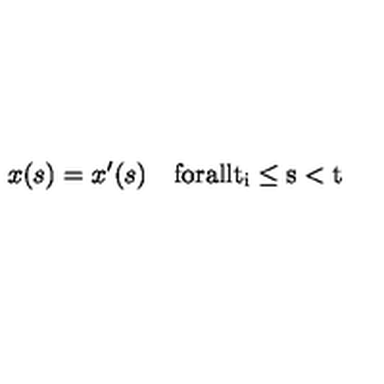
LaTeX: x ( s ) = x ^ { \prime } ( s ) \quad \mathrm { f o r a l l t _ i \le s < t }